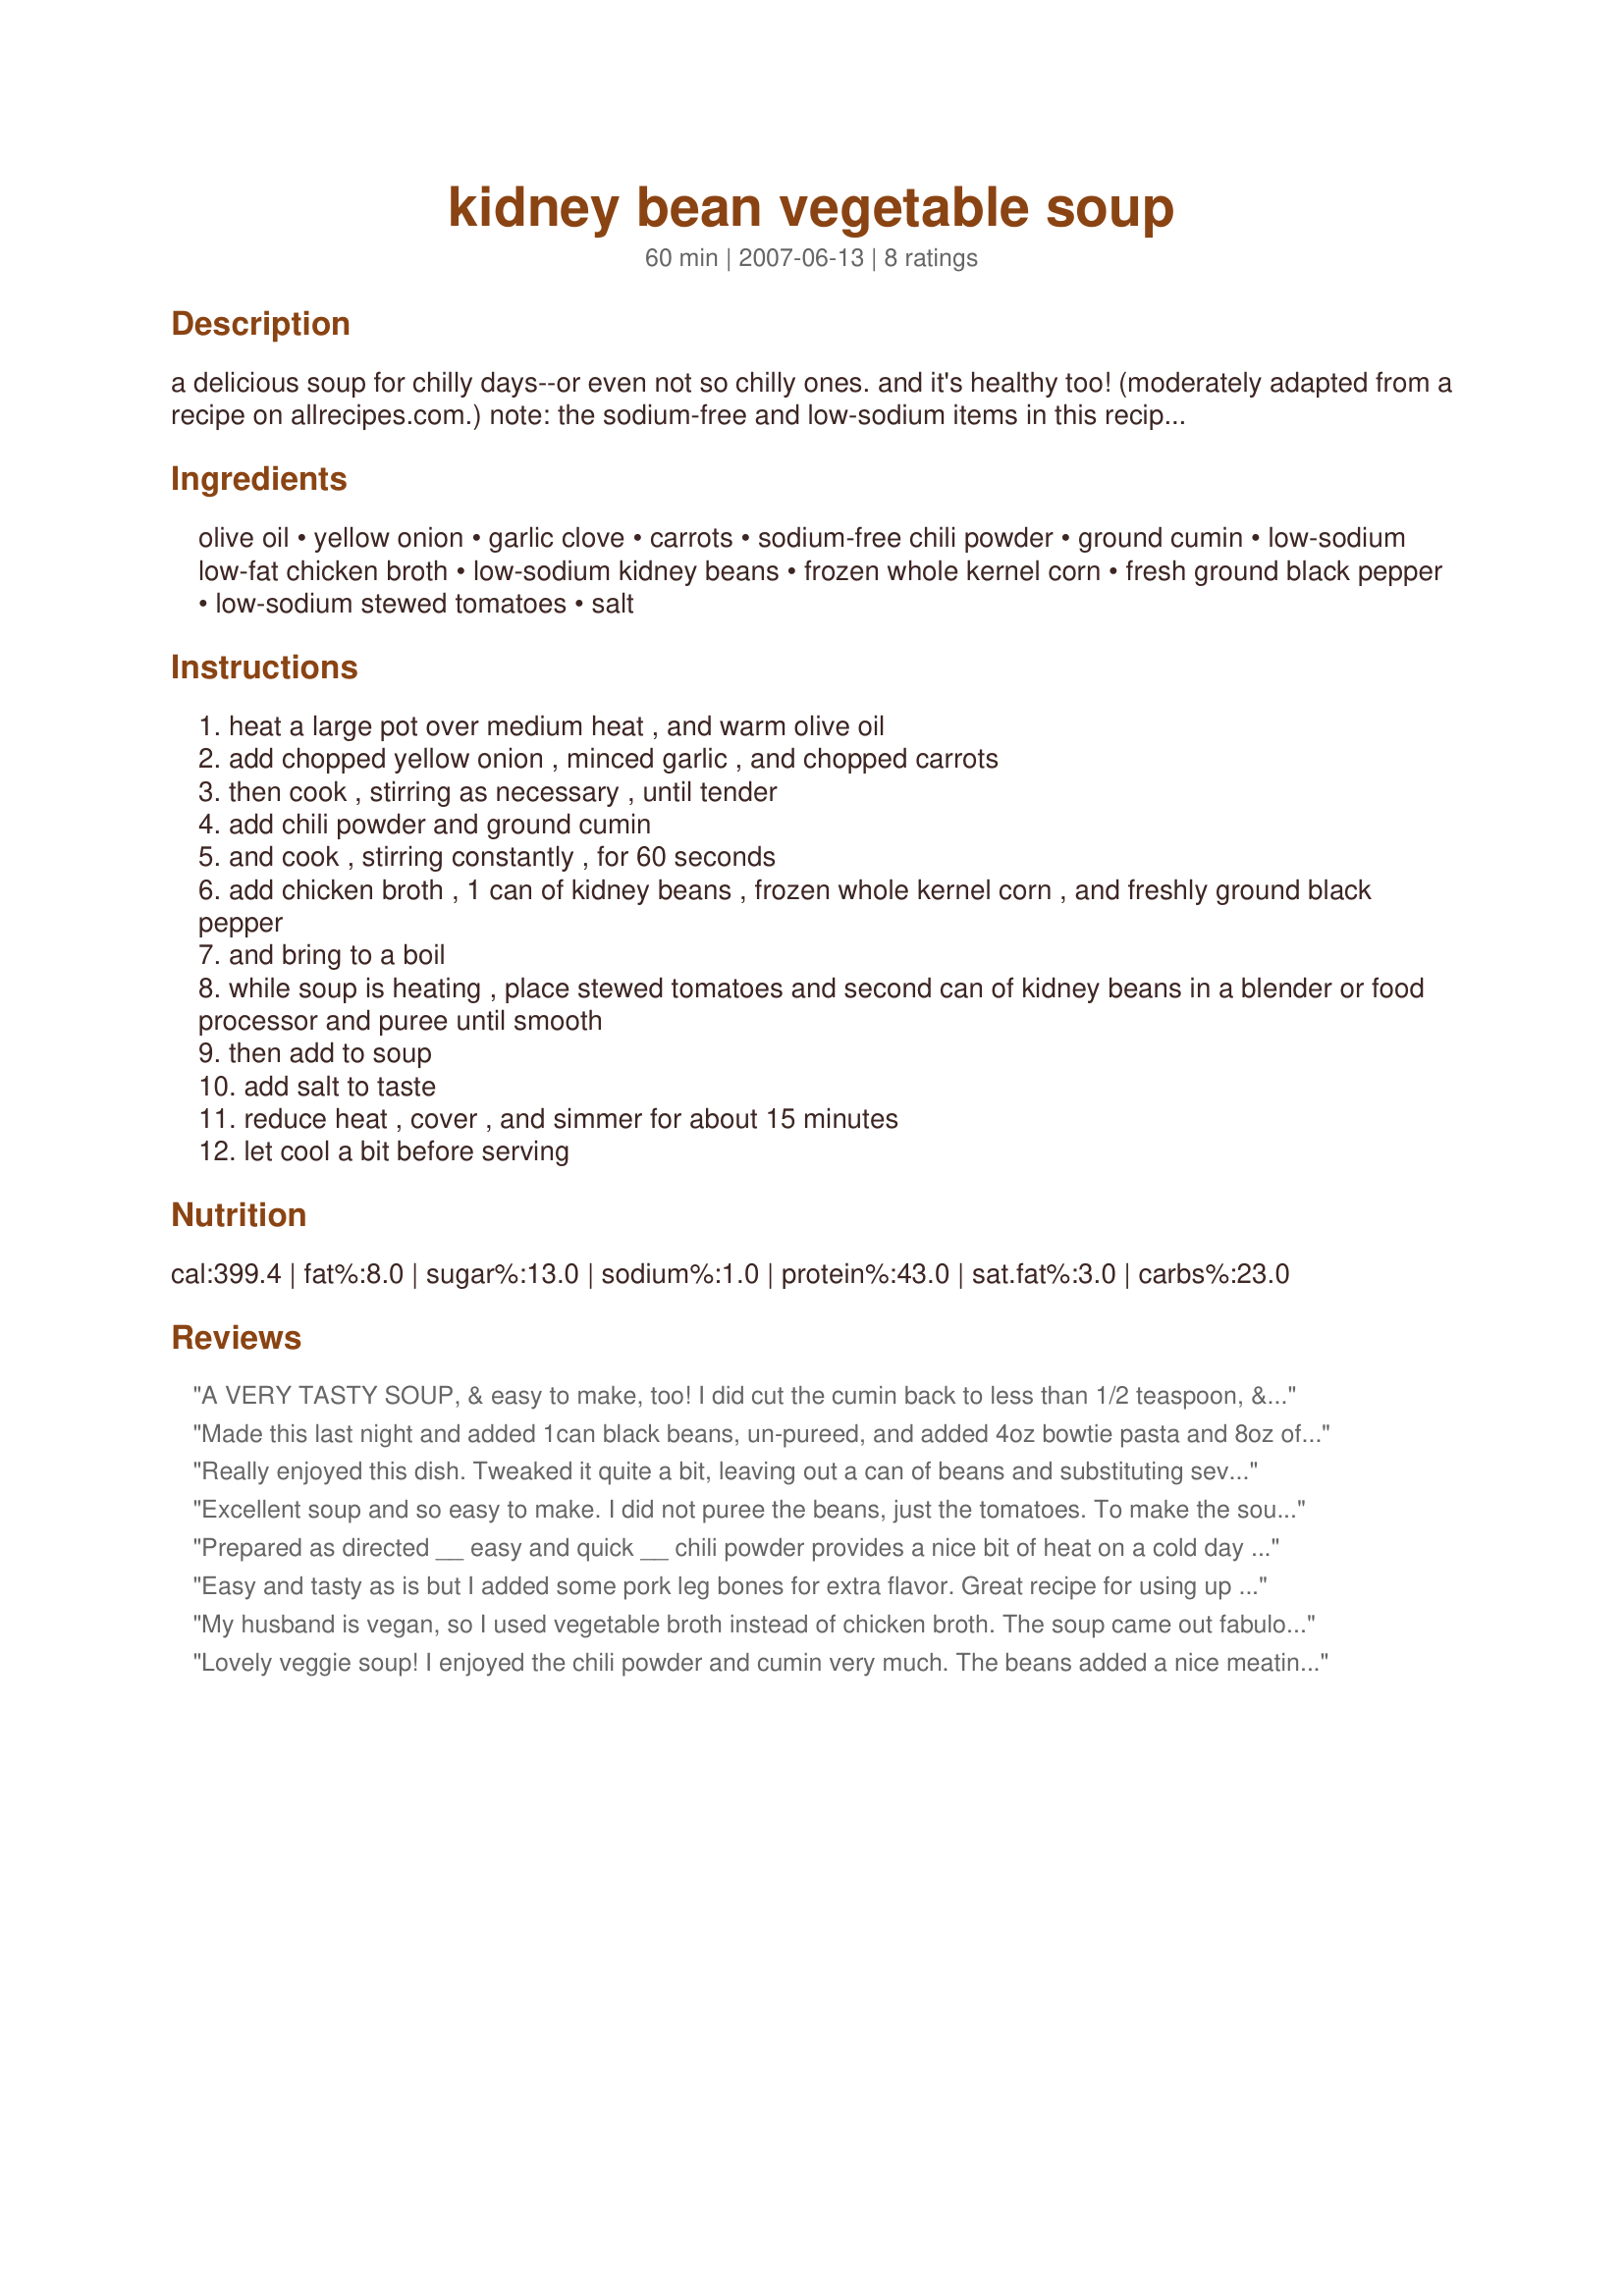
kidney bean vegetable soup
Preparation time: 60 minutes

a delicious soup for chilly days--or even not so chilly ones. and it's healthy too! (moderately adapted from a recipe on allrecipes.com.) note: the sodium-free and low-sodium items in this recipe can be replaced with their higher sodium counterparts--just add less additional salt.

Ingredients:
olive oil, yellow onion, garlic clove, carrots, sodium-free chili powder, ground cumin, low-sodium low-fat chicken broth, low-sodium kidney beans, frozen whole kernel corn, fresh ground black pepper, low-sodium stewed tomatoes, salt

Steps:
heat a large pot over medium heat , and warm olive oil
add chopped yellow onion , minced garlic , and chopped carrots
then cook , stirring as necessary , until tender
add chili powder and ground cumin
and cook , stirring constantly , for 60 seconds
add chicken broth , 1 can of kidney beans , frozen whole kernel corn , and freshly ground black pepper
and bring to a boil
while soup is heating , place stewed tomatoes and second can of kidney beans in a blender or food processor and puree until smooth
then add to soup
add salt to taste
reduce heat , cover , and simmer for about 15 minutes
let cool a bit before serving

Reviews:
A VERY TASTY SOUP, & easy to make, too! I did cut the cumin back to less than 1/2 teaspoon, & used lemon pepper to season! When it comes to using canned anything, I'm always for the low-sodium verion! A great recipe! [Tagged, made & reviewed for one of my adoptees in the current Pick-A-Chef]
Made this last night and added 1can black beans, un-pureed, and added 4oz bowtie pasta and 8oz of sliced mushrooms---it was yummy and very satisfying on a cold November evening, not to mention QUICK!!! Will definitely be making again, could add rice next time too! Anyway, doctor it up how you like, the basic recipe is great!
Really enjoyed this dish. Tweaked it quite a bit, leaving out a can of beans and substituting several white potatoes, a sweet potato, and zucchini. I crushed onion, garlic, and a celery stick with mortar and pestle along with fresh parsley before putting into skillet with both olive oil and a bit of sesame oil. Used cumin, chili, pepper flakes, marjoram, coriander, smoked paprika and salt and pepper to taste. Added lg. can of tomato puree and small can of mild tomato with green chilies. This made a heartier thicker mixture. All vegan and really delicious. I would add in some of the veggie stock in the future, kick up the seasoning a bit and server with a dollop of plain yogurt or sour cream for my hubby. Delicious Recipe!
Excellent soup and so easy to make. I did not puree the beans, just the tomatoes. To make the soup a little thicker, I added a handful of barley. I also left out the cumin because I do not like it. This soup has so much flavour, it is wonderful. Thanks for the recipe
Prepared as directed __ easy and quick __ chili powder provides a nice bit of heat on a cold day __ great served with a crusty french baquette for dipping & soaking up the liquid
Easy and tasty as is but I added some pork leg bones for extra flavor. Great recipe for using up all the forgotten cans of beans and corn lost in the pantry.
My husband is vegan, so I used vegetable broth instead of chicken broth. The soup came out fabulous and delicious for cheap. I only had chili powder including salt, so I just added very little additional salt. Also, I didn't put in as much carrots because I ran out, but it still came out really good.
Lovely veggie soup! I enjoyed the chili powder and cumin very much. The beans added a nice meatiness and the corn added the crunch that I love! Lots of flavors and textures to keep this soup interesting. The only change I made was to add one diced potato. It was looking lonely and was begging to be put into the pot! Thanks, I really enjoyed this recipe!
